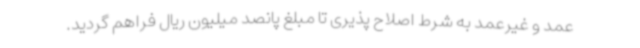
عمد و غیرعمد به شرط اصلاح پذیری تا مبلغ پانصد میلیون ریال فراهم گردید.